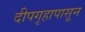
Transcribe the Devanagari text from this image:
दीपगृहापासून